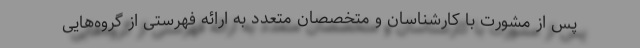
پس از مشورت با کارشناسان و متخصصان متعدد به ارائه فهرستی از گروه‌هایی